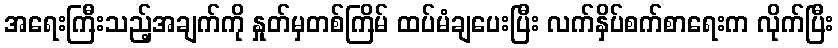
အရေးကြီးသည့်အချက်ကို နှုတ်မှတစ်ကြိမ် ထပ်မံချပေးပြီး လက်နှိပ်စက်စာရေးက လိုက်ပြီး